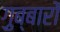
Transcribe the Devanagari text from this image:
ग़ुब्बारों